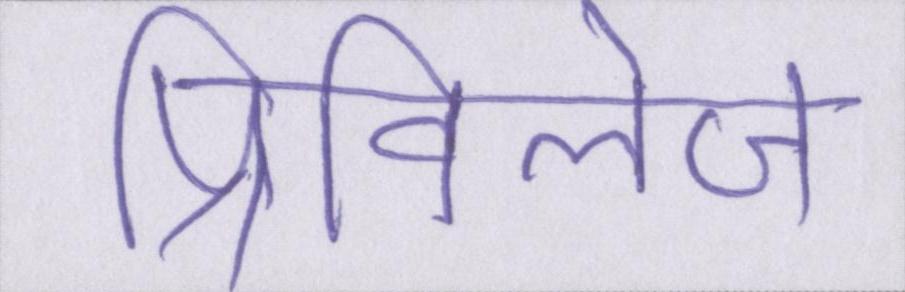
प्रिविलेज